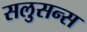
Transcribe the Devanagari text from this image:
सलुसन्स